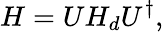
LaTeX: H=UH_{d}U^{\dagger},